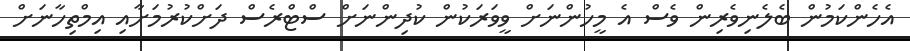
އެހެންކަމުން ބެލެނިވެރިން ވެސް އެ މީހުންނަށް ވީވަރަކުން ކުދިންނަށް ސްޓްރެސް ދަށްކުރުމަށާއި އިމްތިހާނަށް